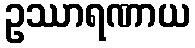
ဥဿာရဏာယ